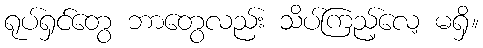
ရုပ်ရှင်တွေ ဘာတွေလည်း သိပ်ကြည့်လေ့ မရှိ။